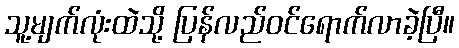
သူ့မျက်လုံးထဲသို့ ပြန်လည်ဝင်ရောက်လာခဲ့ပြီ။